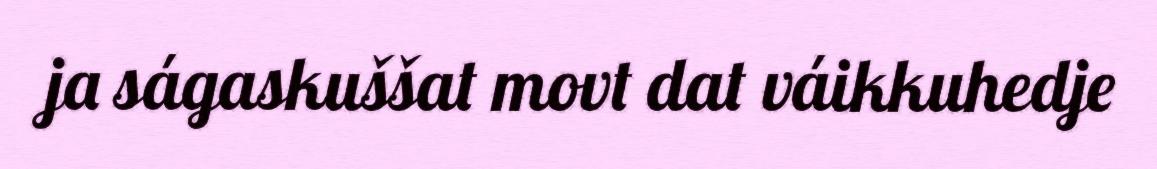
ja ságaskuššat movt dat váikkuhedje